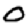
Digit: 0